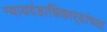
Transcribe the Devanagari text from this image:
न्यायदंडाधिकार्‍यांच्या